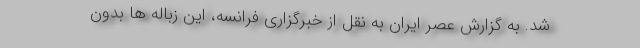
شد. به گزارش عصر ایران به نقل از خبرگزاری فرانسه، این زباله ها بدون